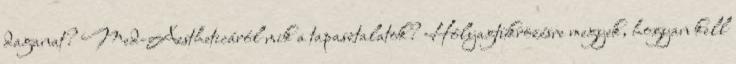
daganat? Med-Aestheticáról mik a tapasztalatok? Hólyagtükrözésre megyek, hogyan kell